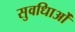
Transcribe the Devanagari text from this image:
सुवधिाओं